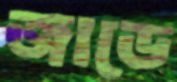
জাডে